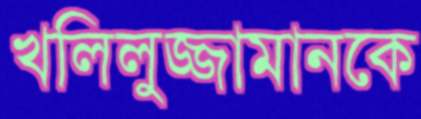
খলিলুজ্জামানকে